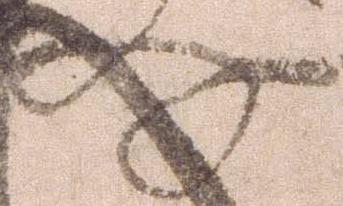
件